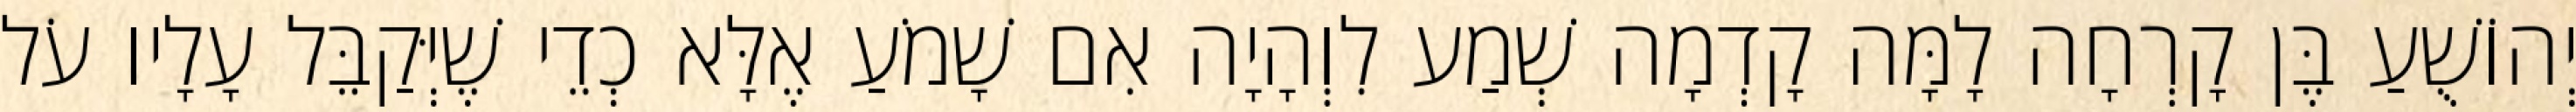
יְהוֹשֻׁעַ בֶּן קָרְחָה לָמָּה קָדְמָה שְׁמַע לִוְהָיָה אִם שָׁמֹעַ אֶלָּא כְדֵי שֶׁיְּקַבֵּל עָלָיו עֹל